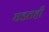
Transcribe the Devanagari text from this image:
घडतही